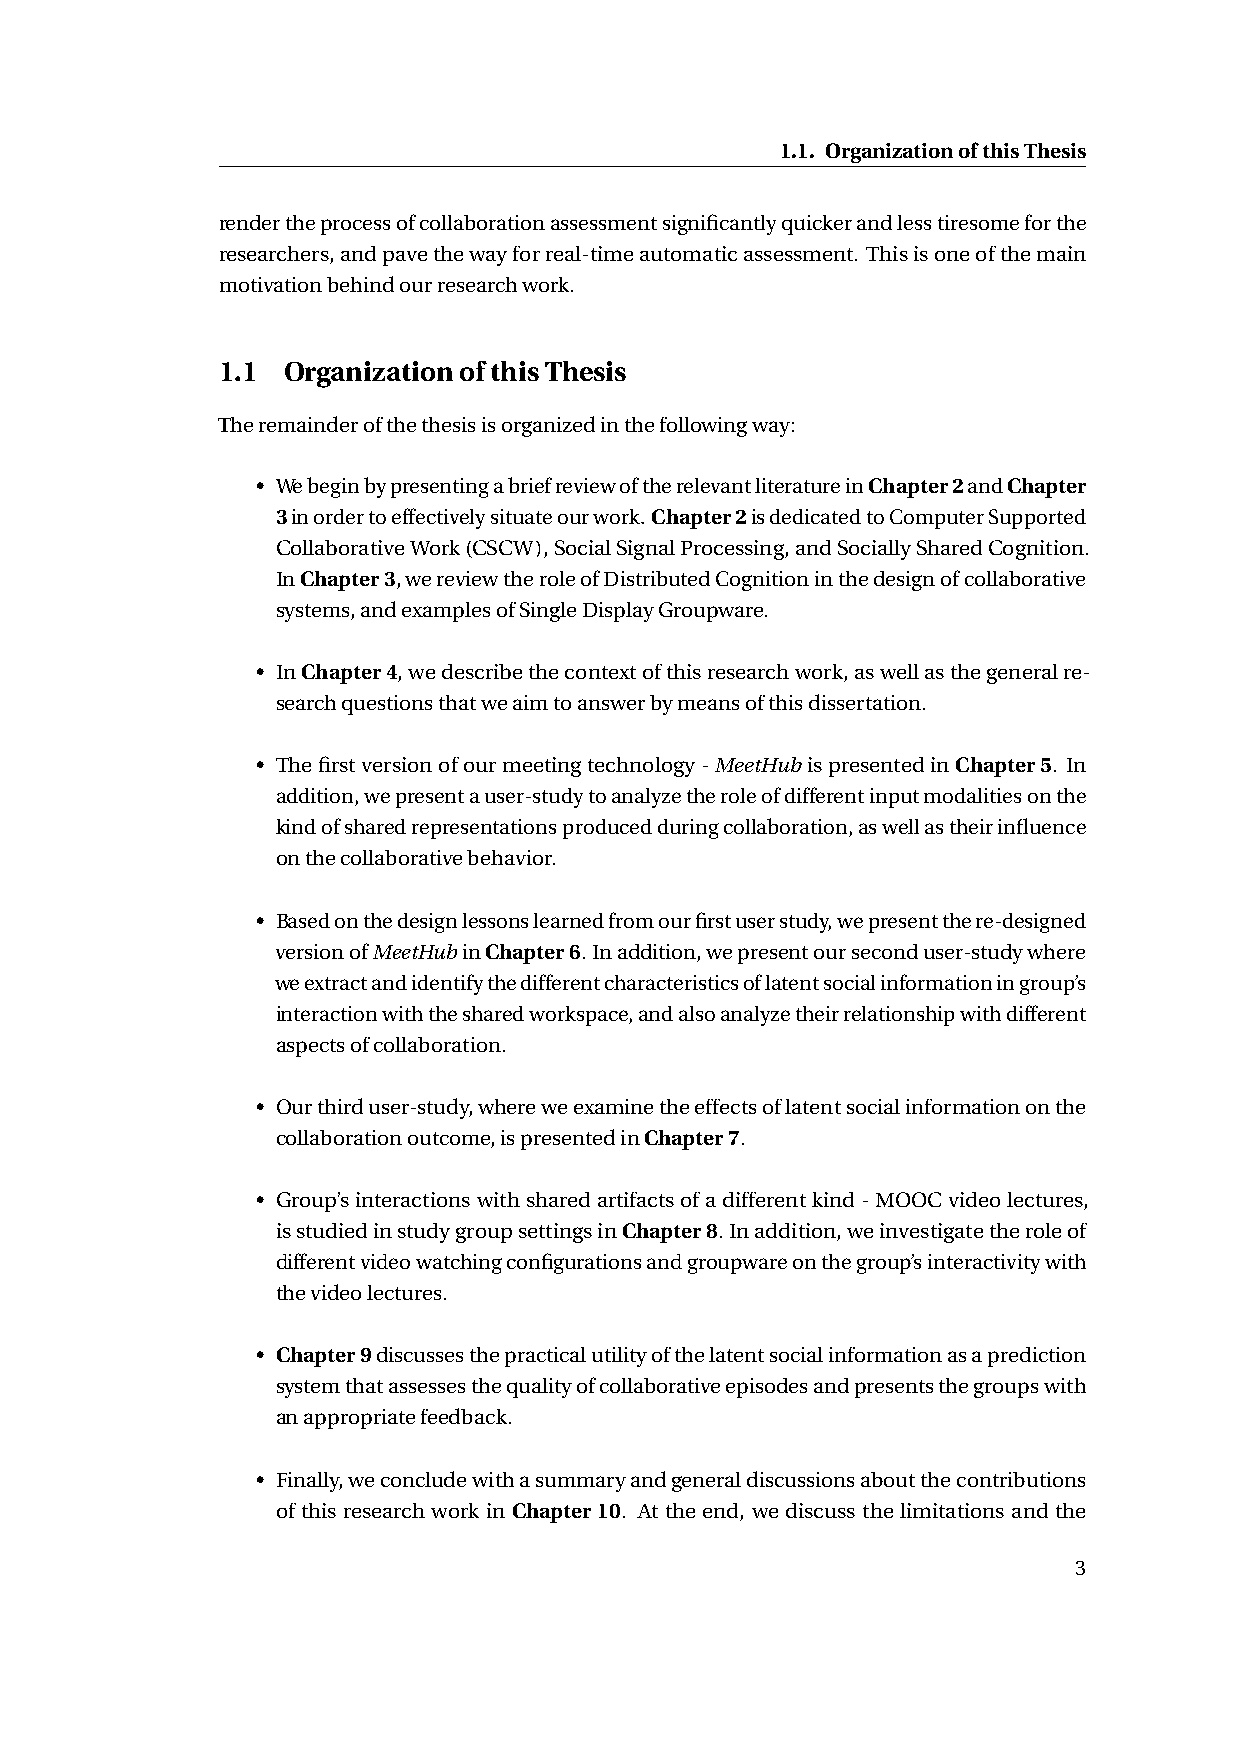
1.1. OrganizationofthisThesis
 rendertheprocessofcollaborationassessmentsignificantlyquickerandlesstiresomeforthe
 researchers,andpavethewayforreal-timeautomaticassessment. Thisisoneofthemain
 motivationbehindourresearchwork.
 1.1  OrganizationofthisThesis
 Theremainderofthethesisisorganizedinthefollowingway:
 • WebeginbypresentingabriefreviewoftherelevantliteratureinChapter2andChapter
 3inordertoeffectivelysituateourwork.Chapter2isdedicatedtoComputerSupported
 CollaborativeWork(CSCW),SocialSignalProcessing,andSociallySharedCognition.
 InChapter3,wereviewtheroleofDistributedCognitioninthedesignofcollaborative
 systems,andexamplesofSingleDisplayGroupware.
 • InChapter4,wedescribethecontextofthisresearchwork,aswellasthegeneralre-
 searchquestionsthatweaimtoanswerbymeansofthisdissertation.
 • Thefirstversionofourmeetingtechnology-MeetHubispresentedinChapter5. In
 addition,wepresentauser-studytoanalyzetheroleofdifferentinputmodalitiesonthe
 kindofsharedrepresentationsproducedduringcollaboration,aswellastheirinfluence
 onthecollaborativebehavior.
 • Basedonthedesignlessonslearnedfromourfirstuserstudy,wepresentthere-designed
 versionofMeetHubinChapter6.Inaddition,wepresentourseconduser-studywhere
 weextractandidentifythedifferentcharacteristicsoflatentsocialinformationingroup’s
 interactionwiththesharedworkspace,andalsoanalyzetheirrelationshipwithdifferent
 aspectsofcollaboration.
 • Ourthirduser-study,whereweexaminetheeffectsoflatentsocialinformationonthe
 collaborationoutcome,ispresentedinChapter7.
 • Group’sinteractionswithsharedartifactsofadifferentkind-MOOCvideolectures,
 isstudiedinstudygroupsettingsinChapter8. Inaddition,weinvestigatetheroleof
 differentvideowatchingconfigurationsandgroupwareonthegroup’sinteractivitywith
 thevideolectures.
 • Chapter9discussesthepracticalutilityofthelatentsocialinformationasaprediction
 systemthatassessesthequalityofcollaborativeepisodesandpresentsthegroupswith
 anappropriatefeedback.
 • Finally,weconcludewithasummaryandgeneraldiscussionsaboutthecontributions
 of this research work in Chapter10. At the end, we discuss the limitations and the
 3